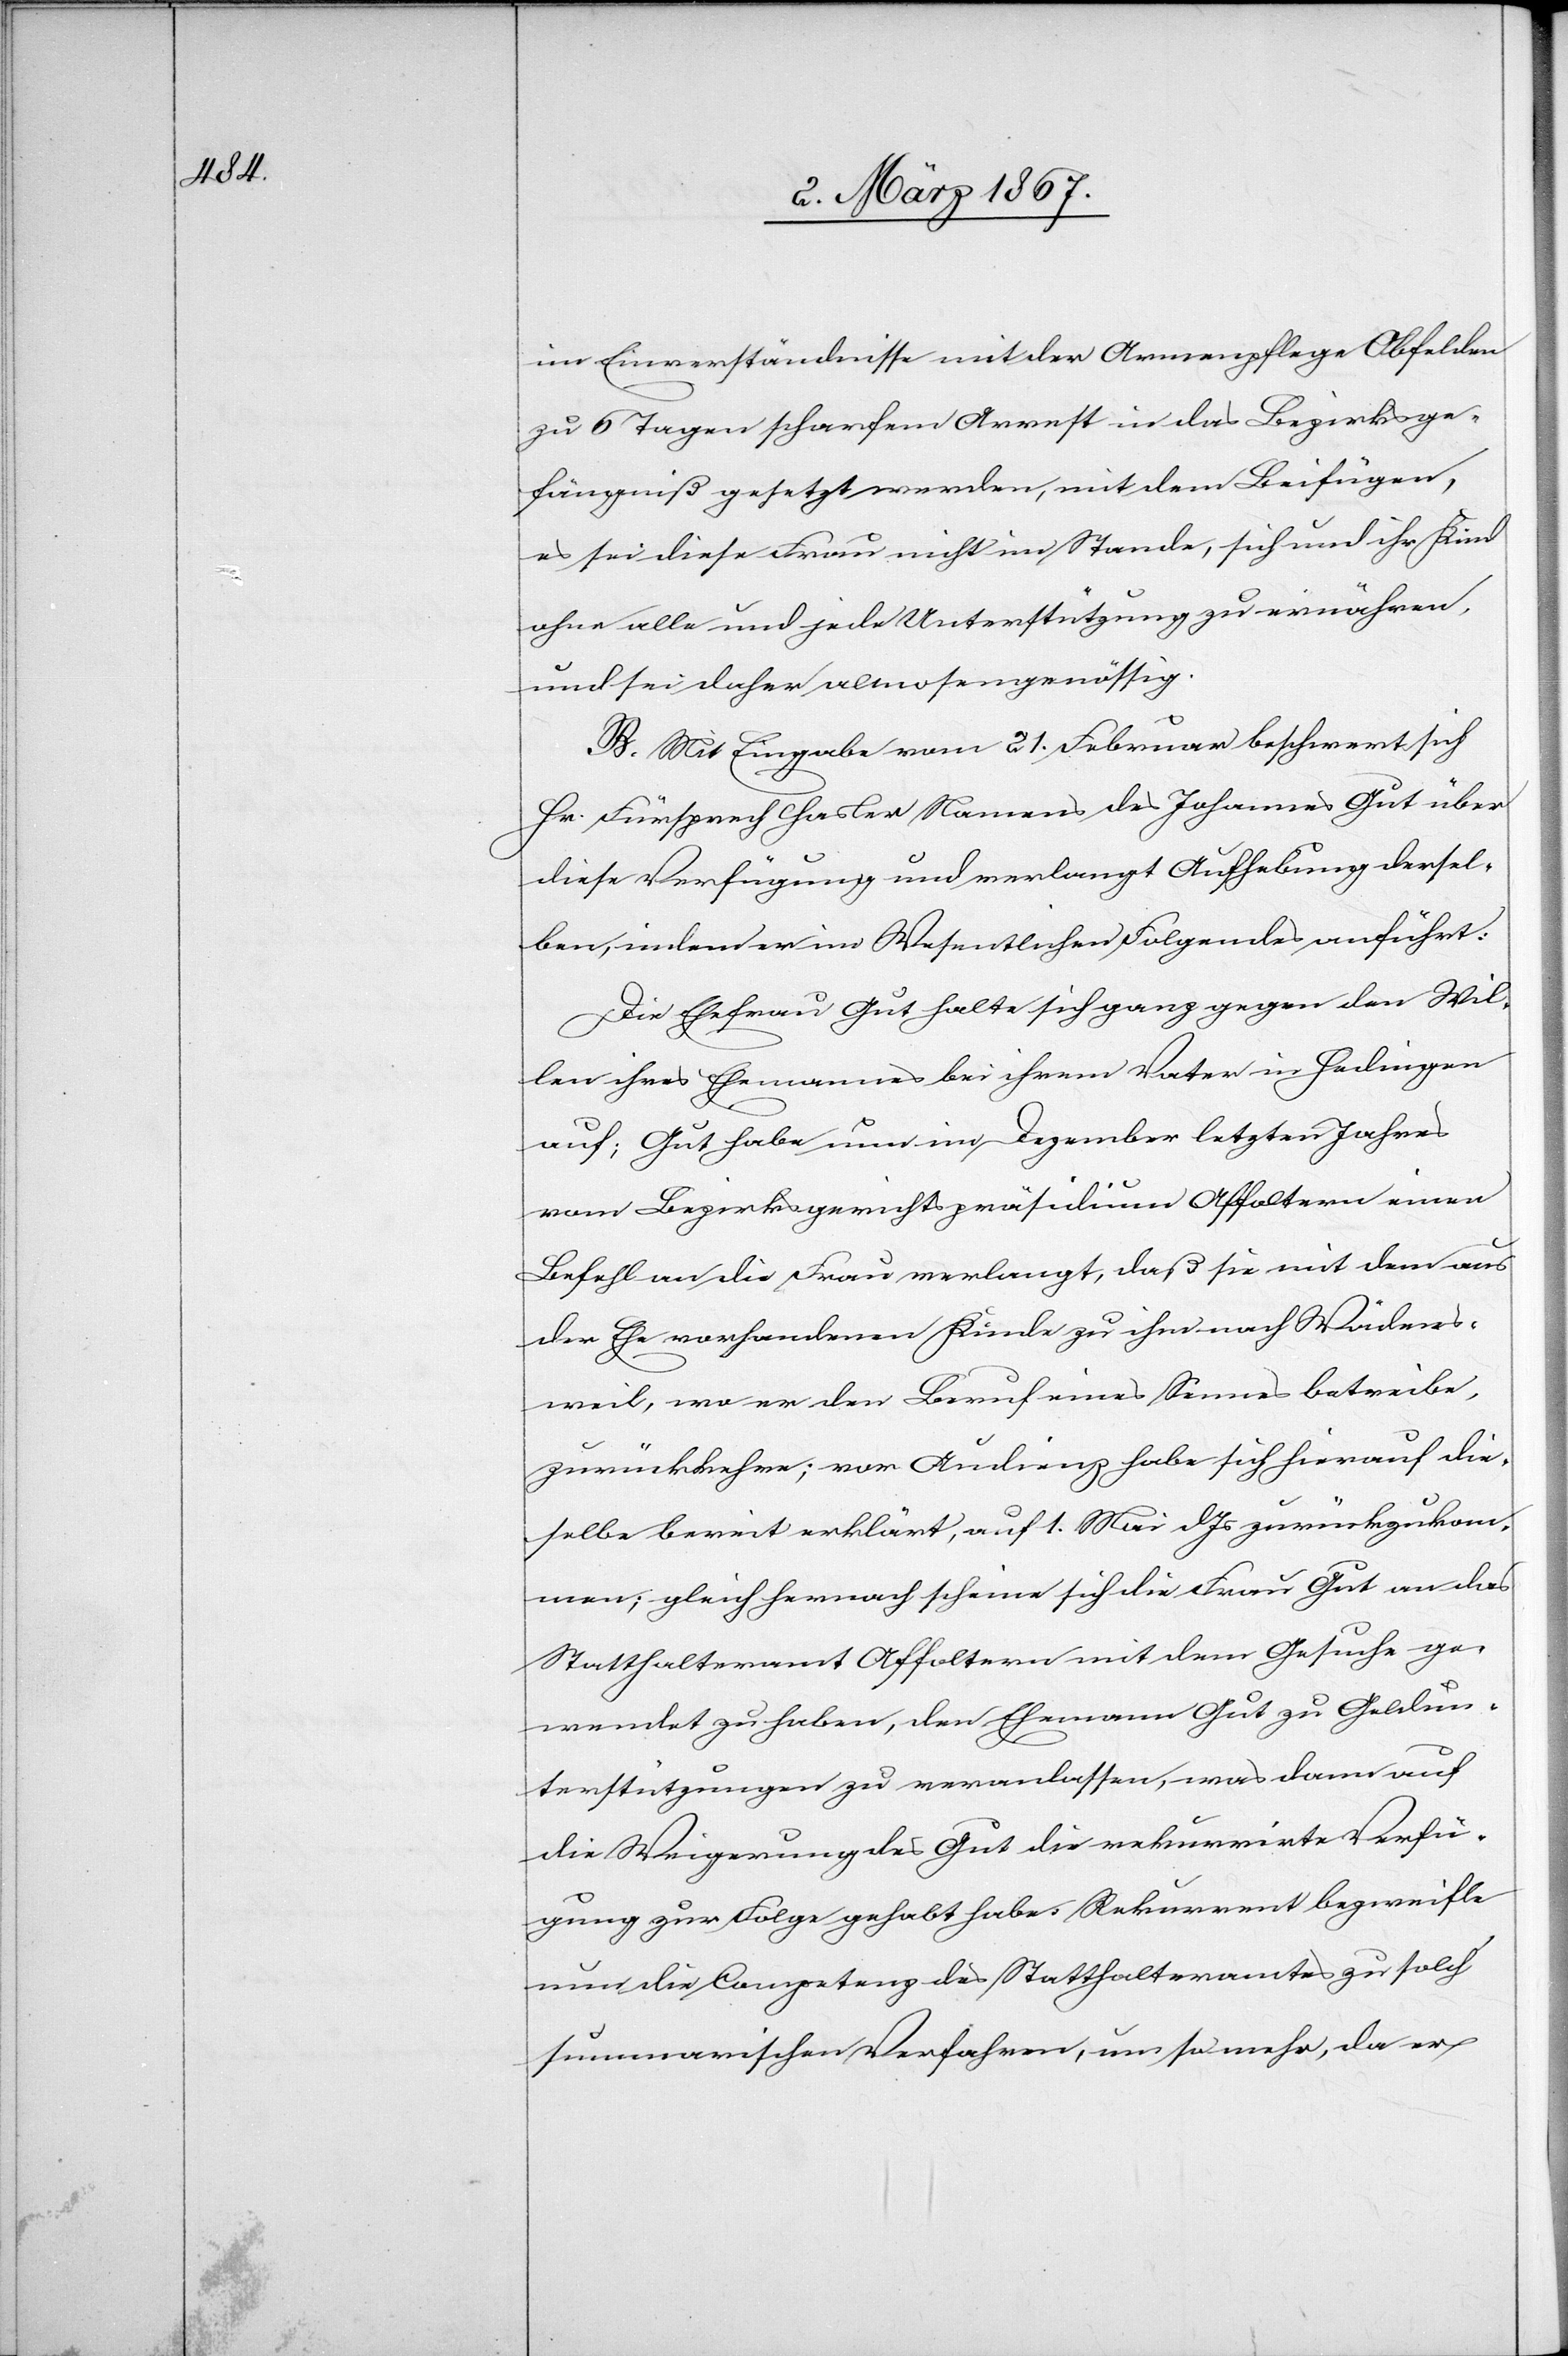
im Einverständnisse mit der Armenpflege Obfelden
zu 6 Tagen scharfem Arrest in das Bezirksge¬
fängniß gesetzt werden, mit dem Beifügen,
es sei diese Frau nicht im Stande, sich und ihr Kind
ohne alle und jede Unterstützung zu ernähren,
und sei daher almosengenössig.
B. Mit Eingabe vom 21. Februar beschwert sich
Hr. Fürsprech Hasler Namens des Johannes Gut über
diese Verfügung und verlangt Aufhebung dersel¬
ben, indem er im Wesentlichen Folgendes anführt:
Die Ehefrau Gut halte sich ganz gegen den Wil¬
len ihres Ehemannes bei ihrem Vater in Hedingen
auf; Gut habe nun im Dezember letzten Jahres
vom Bezirksgerichtspräsidium Affoltern einen
Befehl an die Frau verlangt, daß sie mit dem aus
der Ehe vorhandenen Kinde zu ihm nach Wädens¬
weil, wo er den Beruf eines Sennes betreibe,
zurückkehre; vor Audienz habe sich hierauf die¬
selbe bereit erklärt, auf 1. Mai d. Js zurückzukom¬
men; gleich hernach scheine sich die Frau Gut an das
Statthalteramt Affoltern mit dem Gesuche ge¬
wendet zu haben, den Ehemann Gut zu Geldun¬
terstützungen zu veranlassen, was dann auf
die Weigerung des Gut die rekurrirte Verfü¬
gung zur Folge gehabt habe. Rekurrent bezweifle
nun die Competenz des Statthalteramtes zu solch’
summarischen Verfahren, um so mehr, da er